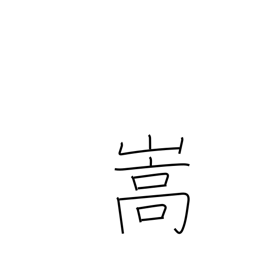
Meaning: be aggravated